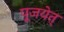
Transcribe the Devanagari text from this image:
पूजयेत्